Calcutta medical institutions reports 1871-78
Year: 1871
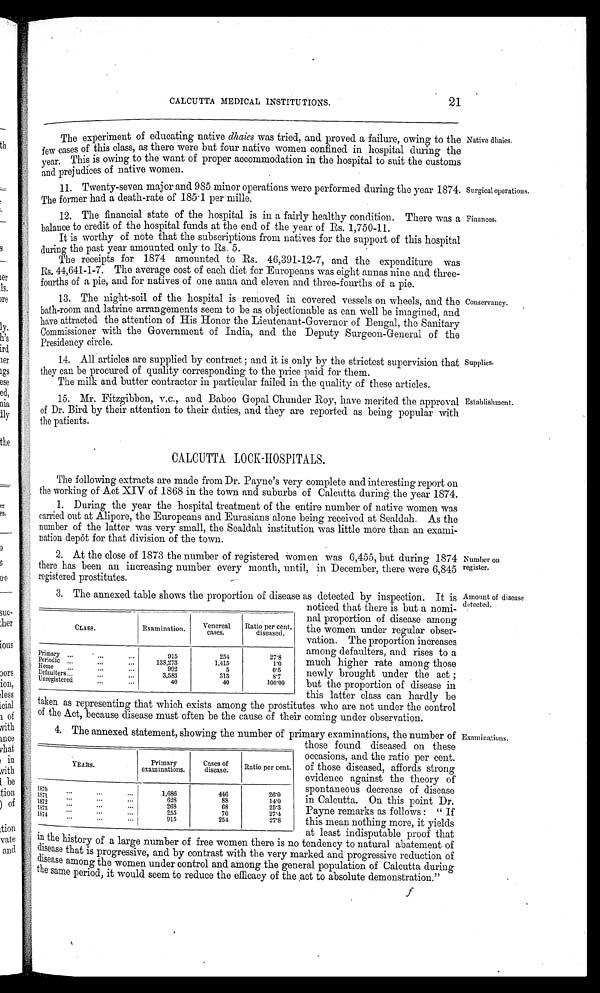
Surgical operations.
Finances.
CALCUTTA MEDICAL INSTITUTIONS.
21
The experiment of educating native dhaies was tried, and proved a failure, owing to the
few cases of this class, as there were but four native women confined in hospital during the
year. This is owing to the want of proper accommodation in the hospital to suit the customs
and prejudices of native women.
•
11. Twenty-seven major and 985 minor operations were performed during the year 1874.
The former had a death-rate of 185·1 per mille.
12. The financial state of the hospital is in a fairly healthy condition. There was a
balance to credit of the hospital funds at the end of the year of Rs. 1,750-11.
It is worthy of note that the subscriptions from natives for the support of this hospital
d u r i n g t h e p a s t y e a r a m o u n t e d o n l y t o R s . 5 .
The receipts for 1874 amounted to Rs. 46,391-12-7, and the expenditure was
Rs. 44,641-1-7. The average cost of each diet for Europeans was eight annas nine and three-
fourths of a pie, and for natives of one anna and eleven and three-fourths of a pie.
13. The night-soil of the hospital is removed. in covered vessels on wheels, and the
bath-room and latrine arrangements seem to be as objectionable as can well be imagined, and
have attracted the attention of His Honor the Lieutenant-Governor of Bengal, the Sanitary
Commissioner with the Government of India, and the Deputy Surgeon-General of the
Presidency circle.
14. All articles are supplied by contract; and it is only by the strictest supervision that
they can be procured of quality corresponding to the price paid for them.
The milk and butter contractor in particular failed in the quality of these articles.
15. Mr. Fitzgibbon, v.c., and Baboo Gopal Chunder Roy, have merited the approval
of Dr. Bird by their attention to their duties, and they are reported as being popular with
the patients.
CALCUTTA LOCK-HOSPITALS.
The following extracts are made from Dr. Payne's very complete and interesting report on
the working of Act XIV of 1868 in the town and suburbs of Calcutta during. the year 1874.
1. During the year the hospital treatment of the entire number of native women was
carried out at Alipore, the Europeans and Eurasians alone being received at Sealdah. As the
number of the latter was very small, the Sealdah institution was little more than an exami
-
nation depot for that division of the town.
2. At the close of 1873 the number of registered Women was 6,455, but during 1874
there has been an increasing number every month, until, in December, there were 6,845
registered prostitutes.
Native dhaies.
Conservancy.
Supplies.
Establishment.
Number on
register.
3. The annexed table shows the proportion of disease as detected by inspection. It is Amount of disease
detected.
CLASS.
Examination.
Venereal
cases.
Ratio per cent.
diseased.
Pr i mar y
915
254
27·8
' P e r i o d i c
138,273
1.415
1·0
Home
992
5
0·5
Defaulters
3,583
313
8·7
Unregistered
40
40
100·00
noticed that there is but a nomi
-
nal proportion of disease among
the women under regular obser
-
vation. The proportion increases
among defaulters, and rises to a
much higher rate among those
newly brought under the act;
but the proportion of disease in
this latter class can hardly be
taken as representing that which exists among the prostitutes who are not under the control
of the Act, because disease must often be the cause of their coming under observation.
4. The annexed statement, showing the number of primary examinations, the number of
YEARS.
Primary
examinations.
Cases of
disease.
Ratio per cent.
1 8 7 0
1,686
446
26·0
1 8 7 1
628
88
14·0
1 8 7 2
2 6 8
68
25·3
1 8 7 3
255
70
27·4
1 8 7 4
915
254
27·8
in the history of a large number of free women there is no tendency to natural abatement of
disease that is progressive, and by contrast with the very marked and progressive reduction of
disease among the women under control and among the general population of Calcutta during
the same period. it would seem to reduce the efficacy of the not to absolute demonstration."
those found diseased on these
occasions, and the ratio per cent.
of those diseased, affords strong
evidence against the theory of
spontaneous decrease of disease
in Calcutta. On this point Dr.
Payne remarks as follows: "If
this mean nothing more, it yields
at least indisputable proof that
f
Examinations.